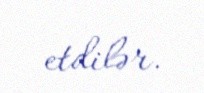
etdilər.